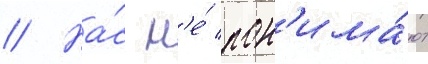
// На́с н'е́ пон'има́ют